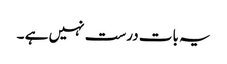
یہ بات درست نہیں ہے ۔